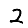
Digit: 2